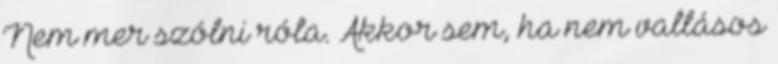
Nem mer szólni róla. Akkor sem, ha nem vallásos